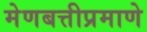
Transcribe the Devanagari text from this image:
मेणबत्तीप्रमाणे